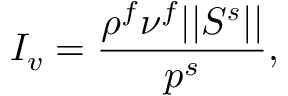
I _ { v } = \frac { \rho ^ { f } \nu ^ { f } \vert \vert \boldsymbol { S ^ { s } } \vert \vert } { p ^ { s } } ,